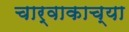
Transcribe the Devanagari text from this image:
चार्वाकाच्या